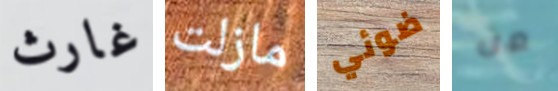
غارث مازلت ضوئي من